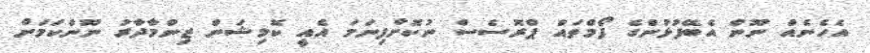
އެހެނެއް ނޫން އެބޭފުޅުންގެ ފޯމްތައް ޕްރޮސެސް ނުކޮށްފިނަމަ އެއީ ކޮމިޝަން ޒިންމާދާރު ނޫންކަމަށް